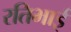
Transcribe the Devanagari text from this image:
रतिभाई